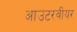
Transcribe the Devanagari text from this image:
आउटरवीयर